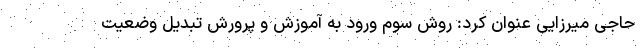
حاجی میرزایی عنوان کرد: روش سوم ورود به آموزش و پرورش تبدیل وضعیت